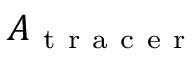
A _ { \mathrm { ~ t ~ r ~ a ~ c ~ e ~ r ~ } }